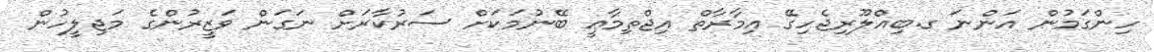
ހިންގަމުން އަންނަ ގ.ބިއްލޫރިޖެހިގޭ އިމާރާތް އިޖްތިމާޢީ ބޭނުމަކަށް ސަރުކާރަށް ނަގަން ވަޒީރުންގެ މަޖިލީހުން